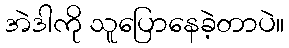
အဲဒါကို သူပြောနေခဲ့တာပဲ။